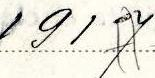
1917